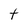
Character: t